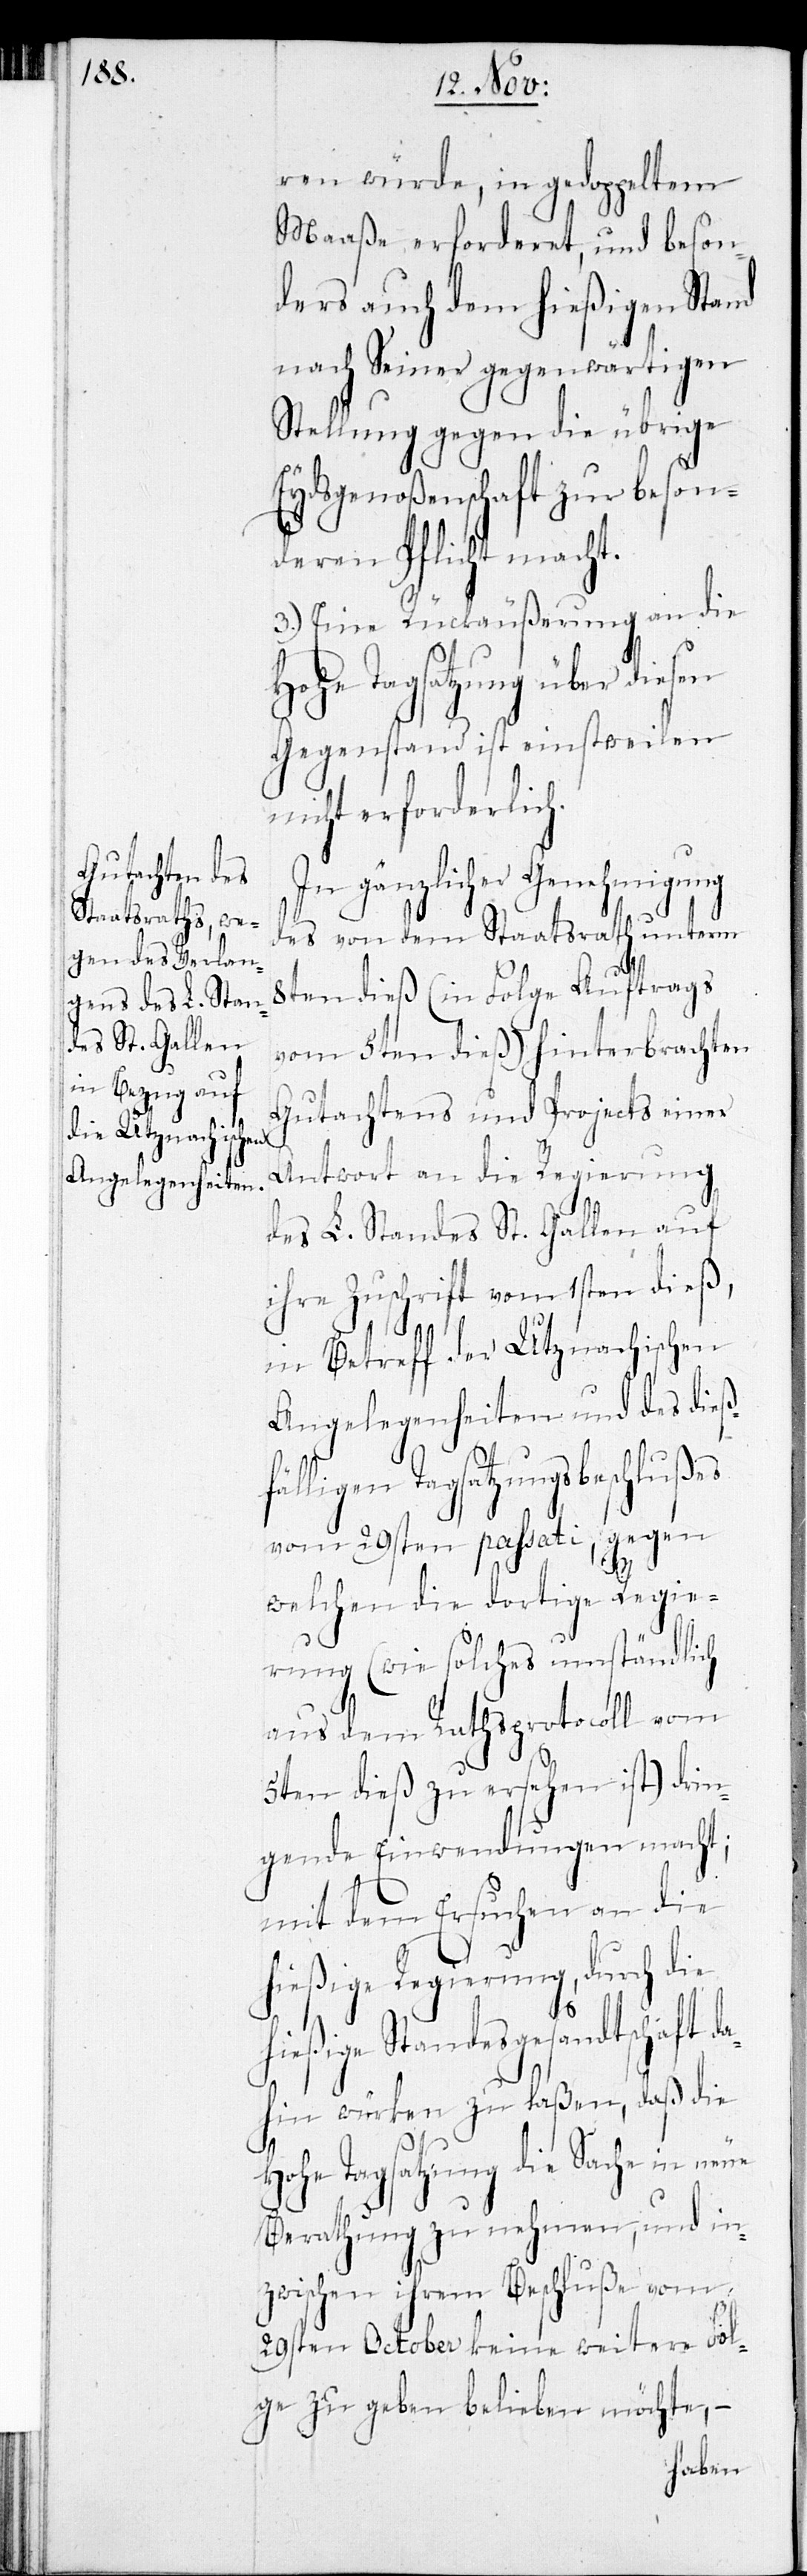
ren würde, in gedoppeltem
Maaße erforderet, und beson¬
ders auch dem hießigen Stand
nach seiner gegenwärtigen
Stellung gegen die übrige
Eydsgenoßenschaft zur beson¬
deren Pflicht macht.
3.) Eine Rückäußerung an die
Tagsatzung über diesen
Gegenstand ist einstweilen
nicht erforderlich.
In gänzlicher Genehmigung
des von dem Staatsrath unterm
8ten dieß (in Folge Auftrags
vom 5ten dieß) hinterbrachten
Gutachtens und Projects einer
Antwort an die Regierung
des L. Standes St. Gallen auf
ihre Zuschrift vom 1sten dieß,
in Betreff der Utznachischen
Angelegenheiten und des dieß¬
Tagsatzungsbeschlußes
vom 29sten passati, gegen
welchen die dortige Regie¬
rung (wie solches umständlich
aus dem Rathsprotocoll vom
5ten dieß zu ersehen ist) drin¬
gende Einwendungen macht;
mit dem Ersuchen an die
hießige Regierung, durch die
hießige Standesgesandtschaft da¬
hin würken zu laßen, daß die
Hohe Tagsatzung die Sache in neue
Berathung zu nehmen, und in¬
zwischen ihrem Beschluße vom
29sten October keine weitere Fol¬
ge zu geben belieben möchte, -